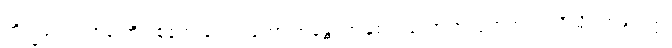
ဘိက္ခဝေ၊ ရဟန်းတို့။ ဧတေ တေ ဥဘော အန္တေ၊ ဤနှစ်ပါးသော အယုတ်တရားတို့သို့။ အနုပဂမ္မ၊